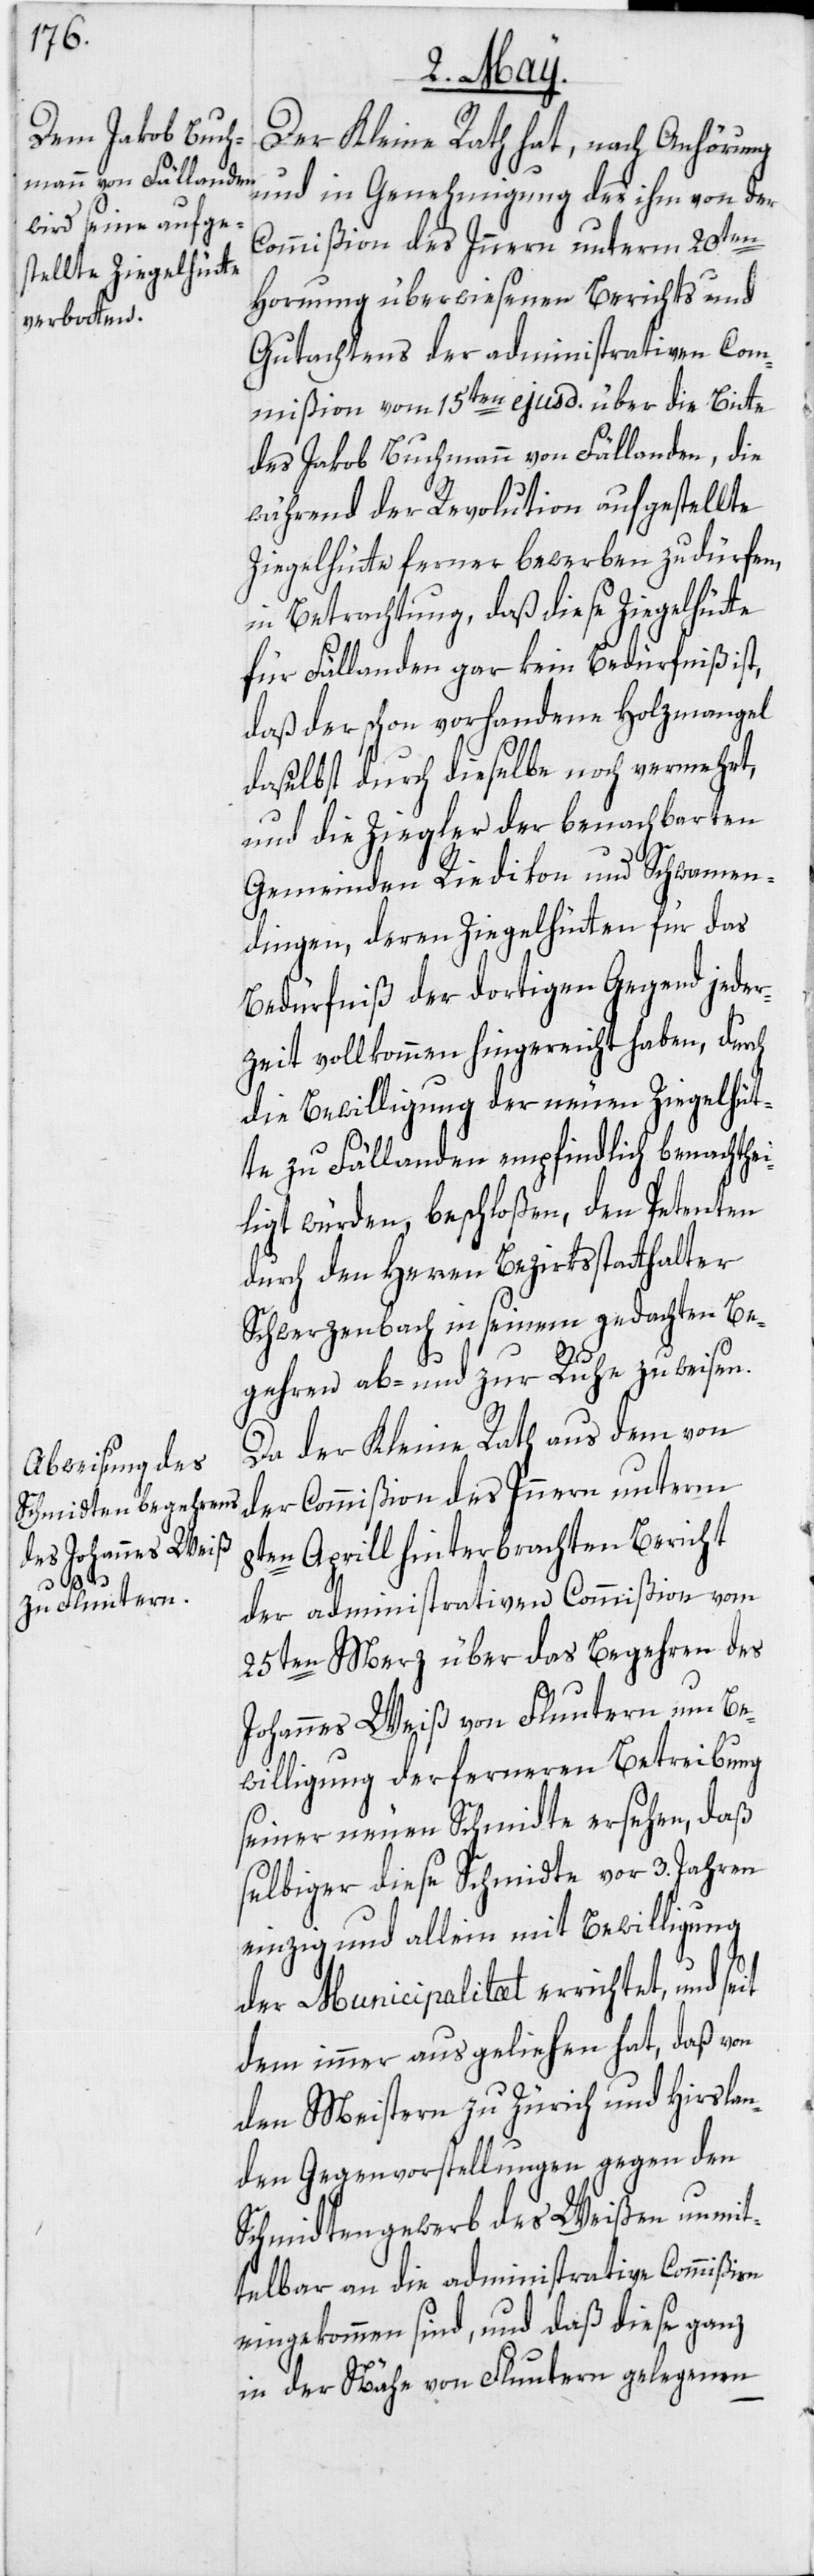
Der Kleine Rath hat, nach Anhörung
und in Genehmigung des ihm von der
Commißion des Innern unterm 20ten
Hornung überwiesenen Berichts und
Gutachtens der administrativen Com¬
mißion vom 15ten ejusd. über die Bitte
des Jakob Buchmann von Fällanden, die
während der Revolution aufgestellte
Ziegelhütte ferner bewerben zu dürfen,
in Betrachtung, daß diese Ziegelhütte
für Fällanden gar kein Bedürfniß ist,
daß der schon vorhandene Holzmangel
daselbst durch dieselbe noch vermehrt,
und die Ziegler der benachbarten
Gemeinden Riedikon und Schwamen¬
dingen, deren Ziegelhütten für das
Bedürfniß der dortigen Gegend jeder¬
zeit vollkommen hingereicht haben, durch
die Bewilligung der neuen Ziegelhüt¬
te zu Fällanden empfindlich benachthei¬
ligt würden, beschloßen, den Petenten
durch den Herren Bezirksstatthalter
Schwerzenbach in seinem gedachten Be¬
gehren ab- und zur Ruhe zu weisen.
Da der Kleine Rath aus dem von
der Commißion des Innern unterm
8ten Aprill hinterbrachten Bericht
der administrativen Commißion vom
25ten Merz über das Begehren des
Johannes Weiß von Fluntern um Be¬
willigung der ferneren Betreibung
seiner neuen Schmidte ersehen, daß
selbiger diese Schmidte vor 3. Jahren
einzig und allein mit Bewilligung
der Municipalitæt errichtet, und
dem immer ausgeliehen hat, daß von
den Meistern zu Zürich und Hirslan¬
den Gegenvorstellungen gegen den
Schmidtengewerb des Weißen unmit¬
telbar an die administrative Commißion
eingekommen sind, und daß diese ganz
in der Nähe von Fluntern gelegenen